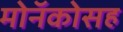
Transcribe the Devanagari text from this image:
मोनॅकोसह